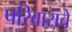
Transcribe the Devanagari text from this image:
परिवारांचे